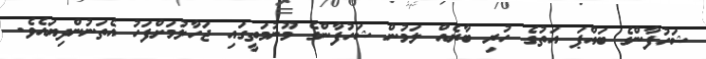
ޝަހުފާންގެ ބައްޕަ އަތުގެ ހުރި ބާރެއް ލަމުން ޝަހުފާންގެ މޫނުމަތީގައި ޖަހާލުމަށްފަހު އެތަނުންދިޔައެވެ.